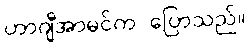
ဟာဂျီအာမင်က ပြောသည်။